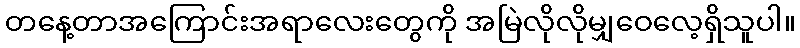
တနေ့တာအကြောင်းအရာလေးတွေကို အမြဲလိုလိုမျှဝေလေ့ရှိသူပါ။